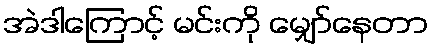
အဲဒါကြောင့် မင်းကို မျှော်နေတာ